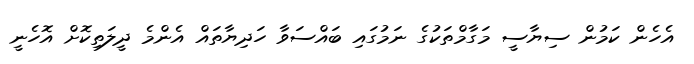
އެހެން ކަމުން ސިޔާސީ މަގާމްތަކުގެ ނަމުގައި ބައްސަވާ ހަދިޔާތައް އެންމެ ދީލަތިކޮށް އޮހެނީ